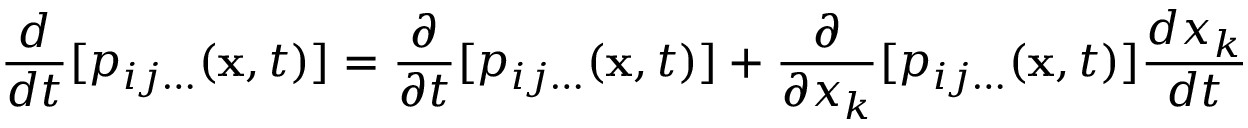
\ { \frac { d } { d t } } [ p _ { i j \ldots } ( \mathbf { x } , t ) ] = { \frac { \partial } { \partial t } } [ p _ { i j \ldots } ( \mathbf { x } , t ) ] + { \frac { \partial } { \partial x _ { k } } } [ p _ { i j \ldots } ( \mathbf { x } , t ) ] { \frac { d x _ { k } } { d t } }